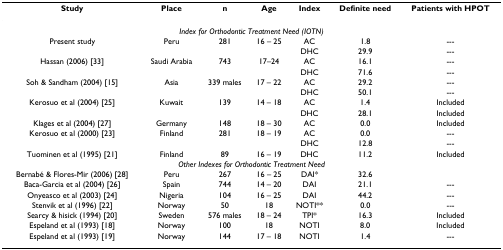
<table><thead><tr><td><b>Study</b></td><td><b>Place</b></td><td><b>n</b></td><td><b>Age</b></td><td><b>Index</b></td><td><b>Definite need</b></td><td><b>Patients with HPOT</b></td></tr></thead><tbody><tr><td colspan="7"><i>Index for Orthodontic Treatment Need (IOTN)</i></td></tr><tr><td>Present study</td><td>Peru</td><td>281</td><td>16 – 25</td><td>AC</td><td>1.8</td><td>---</td></tr><tr><td></td><td></td><td></td><td></td><td>DHC</td><td>29.9</td><td>---</td></tr><tr><td>Hassan (2006) [33]</td><td>Saudi Arabia</td><td>743</td><td>17–24</td><td>AC</td><td>16.1</td><td>---</td></tr><tr><td></td><td></td><td></td><td></td><td>DHC</td><td>71.6</td><td>---</td></tr><tr><td>Soh &amp; Sandham (2004) [15]</td><td>Asia</td><td>339 males</td><td>17 – 22</td><td>AC</td><td>29.2</td><td>---</td></tr><tr><td></td><td></td><td></td><td></td><td>DHC</td><td>50.1</td><td>---</td></tr><tr><td>Kerosuo et al (2004) [25]</td><td>Kuwait</td><td>139</td><td>14 – 18</td><td>AC</td><td>1.4</td><td>Included</td></tr><tr><td></td><td></td><td></td><td></td><td>DHC</td><td>28.1</td><td>Included</td></tr><tr><td>Klages et al (2004) [27]</td><td>Germany</td><td>148</td><td>18 – 30</td><td>AC</td><td>0.0</td><td>Included</td></tr><tr><td>Kerosuo et al (2000) [23]</td><td>Finland</td><td>281</td><td>18 – 19</td><td>AC</td><td>0.0</td><td>---</td></tr><tr><td></td><td></td><td></td><td></td><td>DHC</td><td>12.8</td><td>---</td></tr><tr><td>Tuominen et al (1995) [21]</td><td>Finland</td><td>89</td><td>16 – 19</td><td>DHC</td><td>11.2</td><td>Included</td></tr><tr><td colspan="7"><i>Other Indexes for Orthodontic Treatment Need</i></td></tr><tr><td>Bernabé &amp; Flores-Mir (2006) [28]</td><td>Peru</td><td>267</td><td>16 – 25</td><td>DAI*</td><td>32.6</td><td></td></tr><tr><td>Baca-Garcia et al (2004) [26]</td><td>Spain</td><td>744</td><td>14 – 20</td><td>DAI</td><td>21.1</td><td>---</td></tr><tr><td>Onyeasco et al (2003) [24]</td><td>Nigeria</td><td>104</td><td>16 – 25</td><td>DAI</td><td>44.2</td><td>---</td></tr><tr><td>Stenvik et al (1996) [22]</td><td>Norway</td><td>50</td><td>18</td><td>NOTI**</td><td>0.0</td><td>---</td></tr><tr><td>Searcy &amp; hisick (1994) [20]</td><td>Sweden</td><td>576 males</td><td>18 – 24</td><td>TPI*</td><td>16.3</td><td>Included</td></tr><tr><td>Espeland et al (1993) [18]</td><td>Norway</td><td>100</td><td>18</td><td>NOTI</td><td>8.0</td><td>Included</td></tr><tr><td>Espeland et al (1993) [19]</td><td>Norway</td><td>144</td><td>17 – 18</td><td>NOTI</td><td>1.4</td><td>---</td></tr></tbody></table>